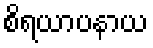
စိရယာပနာယ